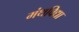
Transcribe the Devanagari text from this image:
मंथविद्या